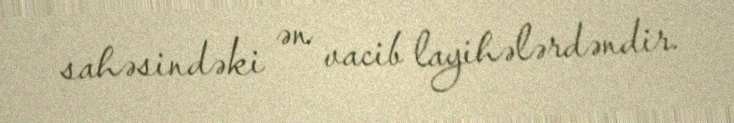
sahəsindəki ən vacib layihələrdəndir.